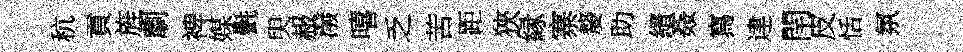
秔貢旌劘裨媒㲲臾赧潑嘻乏苦距狹縁寨嫠助縉姦寫䢖閈皮恬氛